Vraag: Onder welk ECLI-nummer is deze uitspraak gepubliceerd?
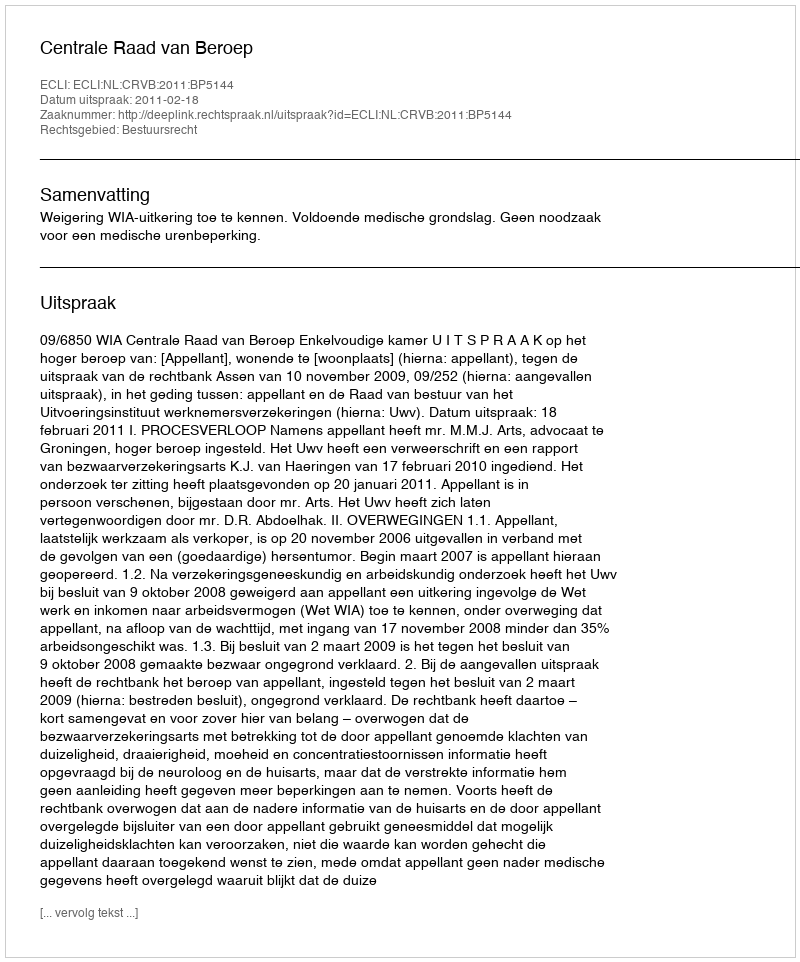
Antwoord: ECLI:NL:CRVB:2011:BP5144